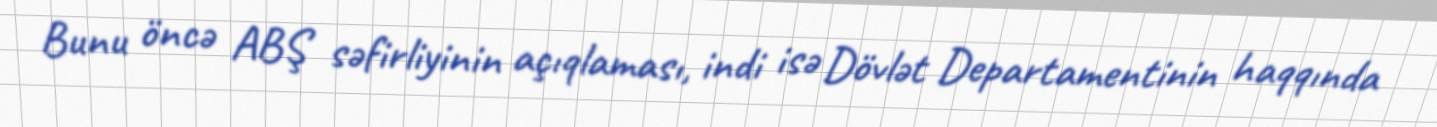
Bunu öncə ABŞ səfirliyinin açıqlaması, indi isə Dövlət Departamentinin haqqında